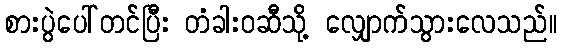
စားပွဲပေါ်တင်ပြီး တံခါးဝဆီသို့ လျှောက်သွားလေသည်။